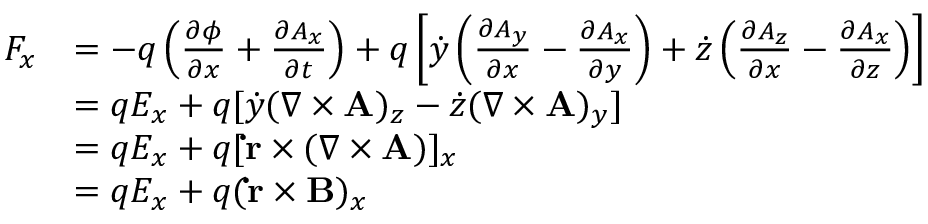
{ \begin{array} { r l } { F _ { x } } & { = - q \left( { \frac { \partial \phi } { \partial x } } + { \frac { \partial A _ { x } } { \partial t } } \right) + q \left[ { \dot { y } } \left( { \frac { \partial A _ { y } } { \partial x } } - { \frac { \partial A _ { x } } { \partial y } } \right) + { \dot { z } } \left( { \frac { \partial A _ { z } } { \partial x } } - { \frac { \partial A _ { x } } { \partial z } } \right) \right] } \\ & { = q E _ { x } + q [ { \dot { y } } ( \nabla \times \mathbf { A } ) _ { z } - { \dot { z } } ( \nabla \times \mathbf { A } ) _ { y } ] } \\ & { = q E _ { x } + q [ \mathbf { \dot { r } } \times ( \nabla \times \mathbf { A } ) ] _ { x } } \\ & { = q E _ { x } + q ( \mathbf { \dot { r } } \times \mathbf { B } ) _ { x } } \end{array} }